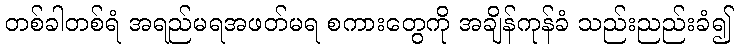
တစ်ခါတစ်ရံ အရည်မရအဖတ်မရ စကားတွေကို အချိန်ကုန်ခံ သည်းညည်းခံ၍